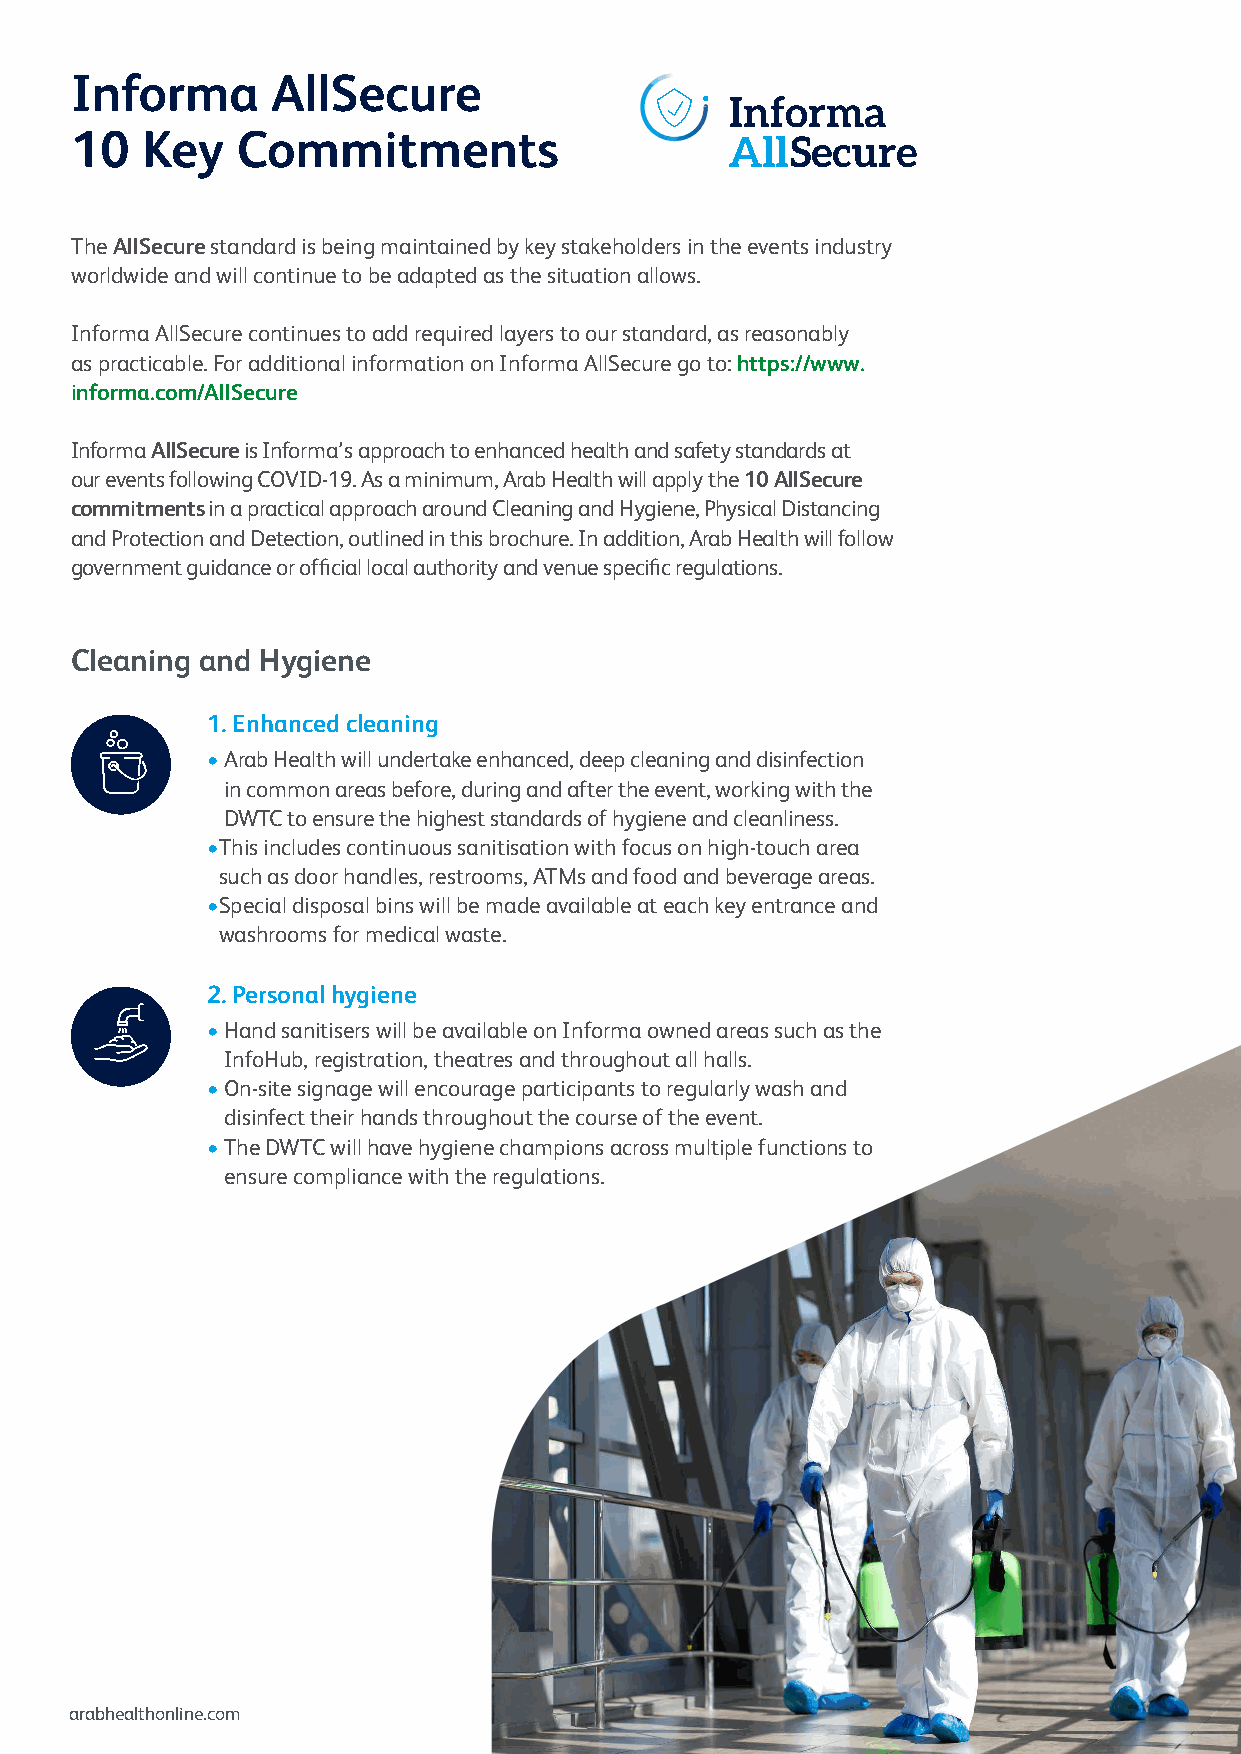
Informa      AllSecure
 10  Key    Commitments
 The AllSecure standard is being maintained by key stakeholders in the events industry
 worldwide and will continue to be adapted as the situation allows.
 Informa AllSecure continues to add required layers to our standard, as reasonably
 as practicable. For additional information on Informa AllSecure go to: https://www.
 informa.com/AllSecure
 Informa AllSecure is Informa’s approach to enhanced health and safety standards at
 our events following COVID-19. As a minimum, Arab Health will apply the 10 AllSecure
 commitments in a practical approach around Cleaning and Hygiene, Physical Distancing
 and Protection and Detection, outlined in this brochure. In addition, Arab Health will follow
 government guidance or official local authority and venue specific regulations.
 Cleaning and Hygiene
 1. Enhanced cleaning
 • Arab Health will undertake enhanced, deep cleaning and disinfection
 in common areas before, during and after the event, working with the
 DWTC to ensure the highest standards of hygiene and cleanliness.
 • This includes continuous sanitisation with focus on high-touch area
 such as door handles, restrooms, ATMs and food and beverage areas.
 • Special disposal bins will be made available at each key entrance and
 washrooms for medical waste.
 2. Personal hygiene
 • Hand sanitisers will be available on Informa owned areas such as the
 InfoHub, registration, theatres and throughout all halls.
 • On-site signage will encourage participants to regularly wash and
 disinfect their hands throughout the course of the event.
 • The DWTC will have hygiene champions across multiple functions to
 ensure compliance with the regulations.
 arabhealthonline.com                                       arabhealth@informa.com